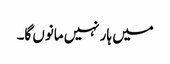
میں ہار نہیں مانوں گا۔